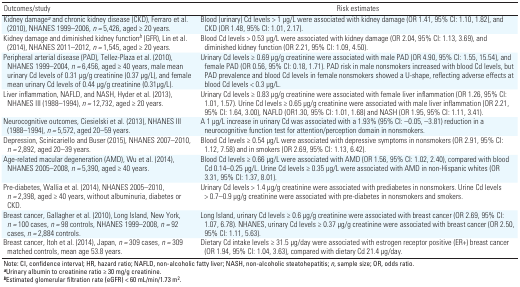
<table><thead><tr><td><b>Outcomes/study</b></td><td><b>Risk estimates</b></td></tr></thead><tbody><tr><td><b>Kidney damage<sup><i>a</i></sup> and chronic kidney disease (CKD), Ferraro et al. (2010), NHANES 1999–2006, <i>n = </i>5,426, aged ≥ 20 years.</b></td><td>Blood (urinary) Cd levels &gt; 1 μg/L were associated with kidney damage (OR 1.41, 95% CI: 1.10, 1.82), and CKD (OR 1.48, 95% CI: 1.01, 2.17).</td></tr><tr><td><b>Kidney damage and diminished kidney function<sup><i>b</i></sup> (GFR), Lin et al. (2014), NHANES 2011–2012, <i>n = </i>1,545, aged ≥ 20 years.</b></td><td>Blood Cd levels &gt; 0.53 μg/L were associated with kidney damage (OR 2.04, 95% CI: 1.13, 3.69), and diminished kidney function (OR 2.21, 95% CI: 1.09, 4.50).</td></tr><tr><td><b>Peripheral arterial disease (PAD), Tellez-Plaza et al. (2010), NHANES 1999–2004, <i>n = </i>6,456, aged ≥ 40 years, male mean urinary Cd levels of 0.31 μg/g creatinine (0.37 μg/L), and female mean urinary Cd levels of 0.44 μg/g creatinine (0.31μg/L).</b></td><td>Urinary Cd levels ≥ 0.69 μg/g creatinine were associated with male PAD (OR 4.90, 95% CI: 1.55, 15.54), and female PAD (OR 0.56, 95% CI: 0.18, 1.71). PAD risk in male nonsmokers increased with blood Cd levels, but PAD prevalence and blood Cd levels in female nonsmokers showed a U-shape, reflecting adverse effects at blood Cd levels &lt; 0.3 μg/L.</td></tr><tr><td><b>Liver inflammation, NAFLD, and NASH, Hyder et al. (2013), NHANES III (1988–1994), <i>n = </i>12,732, aged ≥ 20 years. </b></td><td>Urinary Cd levels ≥ 0.83 μg/g creatinine were associated with female liver inflammation (OR 1.26, 95% CI: 1.01, 1.57). Urine Cd levels ≥ 0.65 μg/g creatinine were associated with male liver inflammation (OR 2.21, 95% CI: 1.64, 3.00), NAFLD (OR1.30, 95% CI: 1.01, 1.68) and NASH (OR 1.95, 95% CI: 1.11, 3.41).</td></tr><tr><td><b>Neurocognitive outcomes, Ciesielski et al. (2013), NHANES III (1988–1994), <i>n = </i>5,572, aged 20–59 years.</b></td><td>A 1 μg/L increase in urinary Cd was associated with a 1.93% (95% CI: –0.05, –3.81) reduction in a neurocognitive function test for attention/perception domain in nonsmokers.</td></tr><tr><td><b>Depression, Scinicariello and Buser (2015), NHANES 2007–2010, <i>n = </i>2,892, aged 20–39 years.</b></td><td>Blood Cd levels ≥ 0.54 μg/L were associated with depressive symptoms in nonsmokers (OR 2.91, 95% CI: 1.12, 7.58) and in smokers (OR 2.69, 95% CI: 1.13, 6.42).</td></tr><tr><td><b>Age-related macular degeneration (AMD), Wu et al. (2014), NHANES 2005–2008, <i>n = </i>5,390, aged ≥ 40 years.</b></td><td>Blood Cd levels ≥ 0.66 μg/L were associated with AMD (OR 1.56, 95% CI: 1.02, 2.40), compared with blood Cd 0.14–0.25 μg/L. Urine Cd levels ≥ 0.35 μg/L were associated with AMD in non-Hispanic whites (OR 3.31, 95% CI: 1.37, 8.01).</td></tr><tr><td><b>Pre-diabetes, Wallia et al. (2014), NHANES 2005–2010, <i>n = </i>2,398, aged ≥ 40 years, without albuminuria, diabetes or CKD.</b></td><td>Urinary Cd levels &gt; 1.4 μg/g creatinine were associated with prediabetes in nonsmokers. Urine Cd levels &gt; 0.7–0.9 μg/g creatinine were associated with pre-diabetes in nonsmokers and smokers.</td></tr><tr><td><b>Breast cancer, Gallagher et al. (2010), Long Island, New York, <i>n = </i>100 cases, <i>n = </i>98 controls, NHANES 1999–2008, <i>n = </i>92 cases, <i>n = </i>2,884 controls.</b></td><td>Long Island, urinary Cd levels ≥ 0.6 μg/g creatinine were associated with breast cancer (OR 2.69, 95% CI: 1.07, 6.78). NHANES, urinary Cd levels ≥ 0.37 μg/g creatinine were associated with breast cancer (OR 2.50, 95% CI: 1.11, 5.63).</td></tr><tr><td><b>Breast cancer, Itoh et al. (2014), Japan, <i>n = </i>309 cases, <i>n = </i>309 matched controls, mean age 53.8 years.</b></td><td>Dietary Cd intake levels ≥ 31.5 μg/day were associated with estrogen receptor positive (ER+) breast cancer (OR 1.94, 95% CI: 1.04, 3.63), compared with dietary Cd 21.4 μg/day.</td></tr><tr><td colspan="2">Note: CI, confidence interval; HR, hazard ratio; NAFLD, non-alcoholic fatty liver; NASH, non-alcoholic steatohepatitis; <i>n</i>, sample size; OR, odds ratio. <sup><i><b>a</b></i></sup>Urinary albumin to creatinine ratio ≥ 30 mg/g creatinine. <sup><i><b>b</b></i></sup>Estimated glomerular filtration rate (eGFR) &lt; 60 mL/min/1.73 m<sup>2</sup>.</td></tr></tbody></table>